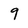
Character: 9